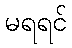
မရရင်